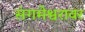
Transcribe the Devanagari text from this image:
संगमेश्वरावर